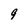
Character: 9